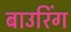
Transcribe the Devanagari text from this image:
बाउरिंग